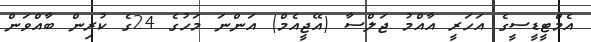
އެމްޓީޑީސީގެ އަހަރީ އާއްމު ޖަލްސާ (އޭޖީއެމް) އަންނަ މަހުގެ 24ގެ ކުރިން ބާއްވަން